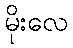
မိုးလေ